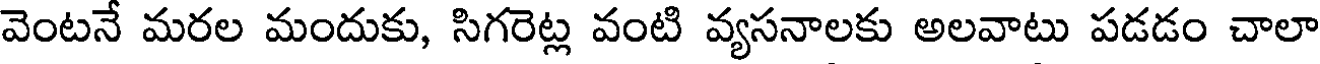
వెంటనే మరల మందుకు, సిగరెట్ల వంటి వ్యసనాలకు అలవాటు పడడం చాలా